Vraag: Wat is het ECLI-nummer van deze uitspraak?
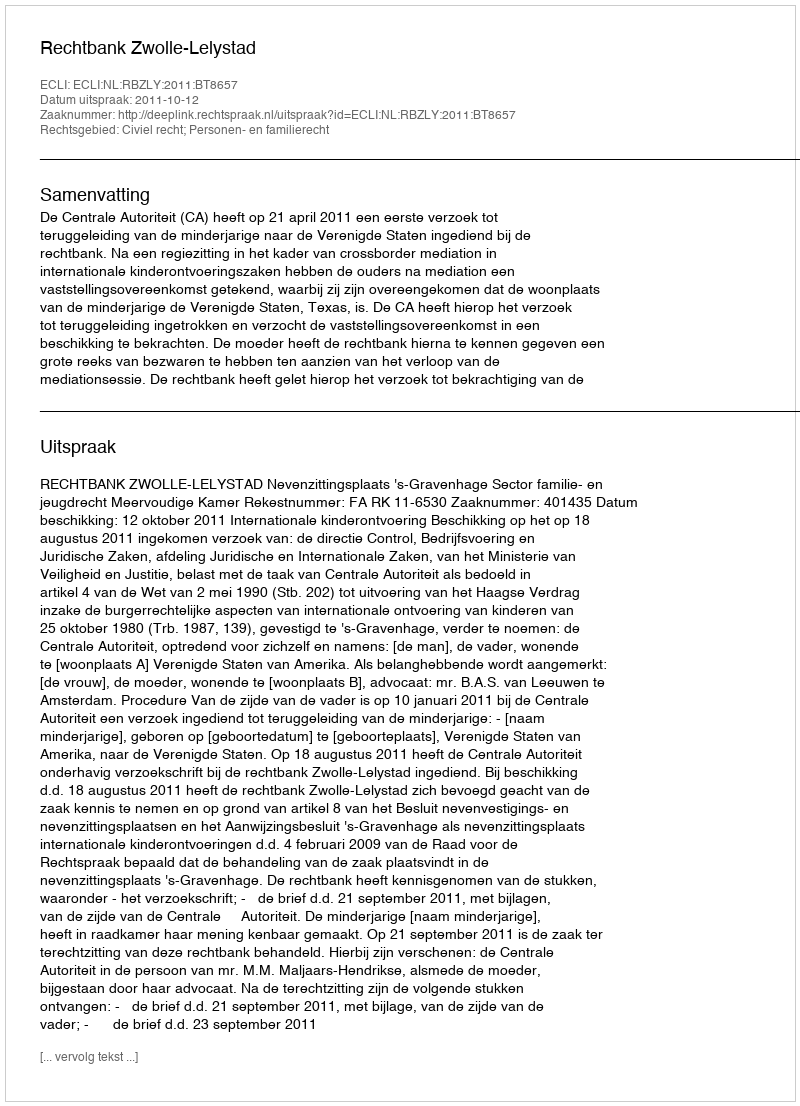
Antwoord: ECLI:NL:RBZLY:2011:BT8657